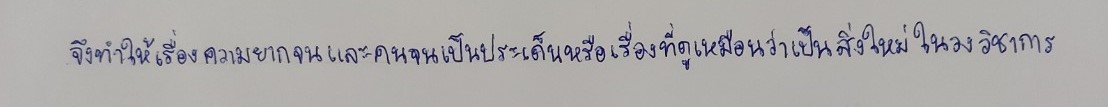
จึงทำให้เรื่องความยากจนและคนจนเป็นประเด็นหรือเรื่องที่ดูเหมือนว่าเป็นสิ่งใหม่ในวงวิชาการ